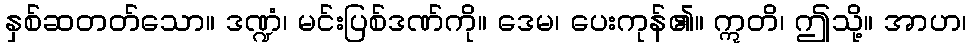
နှစ်ဆတတ်သော။ ဒဏ္ဍံ၊ မင်းပြစ်ဒဏ်ကို။ ဒေမ၊ ပေးကုန်၏။ ဣတိ၊ ဤသို့။ အာဟ၊